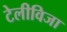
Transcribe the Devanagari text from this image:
टेलीविजा